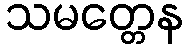
သမတ္တေန